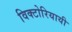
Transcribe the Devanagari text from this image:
विक्टोरियायी